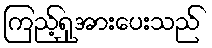
ကြည့်ရှုအားပေးသည်